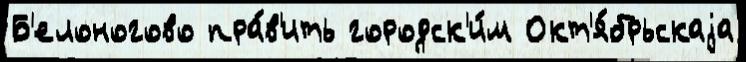
Б'елоногово пра́в'ить городск'и́м Окт'я́брьскаjа